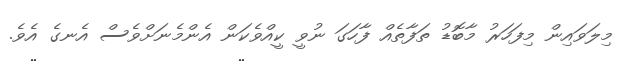
މިލަވައިން މިފަހަރު މާބޮޑު ތަފާތެއް ފާހަގަ ނުވީ ކީއްވެކަން އެންމެނަށްވެސް އެނގެ އެވެ.